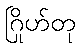
ဂြိုဟ်တု